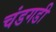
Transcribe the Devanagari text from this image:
चंडगडी